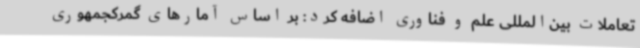
تعاملات بین‌المللی علم و فناوری اضافه کرد: بر اساس آمارهای گمرکجمهوری